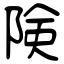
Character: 険